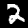
Label: 2